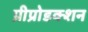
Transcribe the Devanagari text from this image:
प्रीप्रोडक्शन